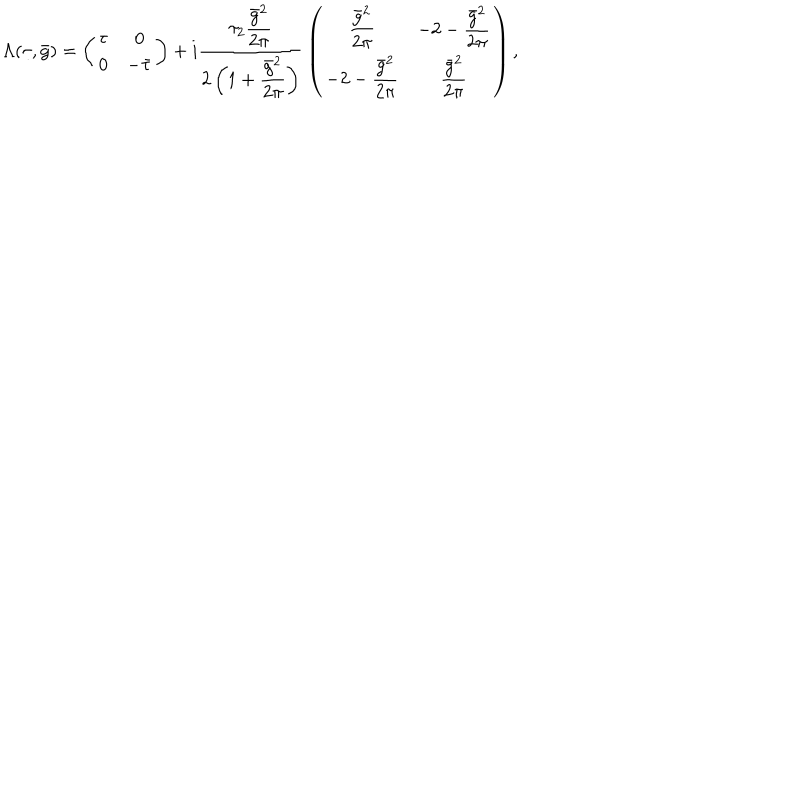
LaTeX: \Lambda ( \tau , \bar { g } ) = \left( \begin{array} { c c } { { \tau } } & { { 0 } } \\ { { 0 } } & { { - \bar { \tau } } } \\ \end{array} \right) + i { \frac { \tau _ { 2 } \displaystyle { \frac { \bar { g } ^ { 2 } } { 2 \pi } } } { 2 \left( 1 + \displaystyle { \frac { \bar { g } ^ { 2 } } { 2 \pi } } \right) } } \left( \begin{array} { c c } { { \displaystyle { \frac { \bar { g } ^ { 2 } } { 2 \pi } } } } & { { - 2 - \displaystyle { \frac { \bar { g } ^ { 2 } } { 2 \pi } } } } \\ { { - 2 - \displaystyle { \frac { \bar { g } ^ { 2 } } { 2 \pi } } } } & { { \displaystyle { \frac { \bar { g } ^ { 2 } } { 2 \pi } } } } \\ \end{array} \right) ,